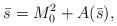
LaTeX: \begin{align*}\bar s=M^2_0+A(\bar s),\end{align*}